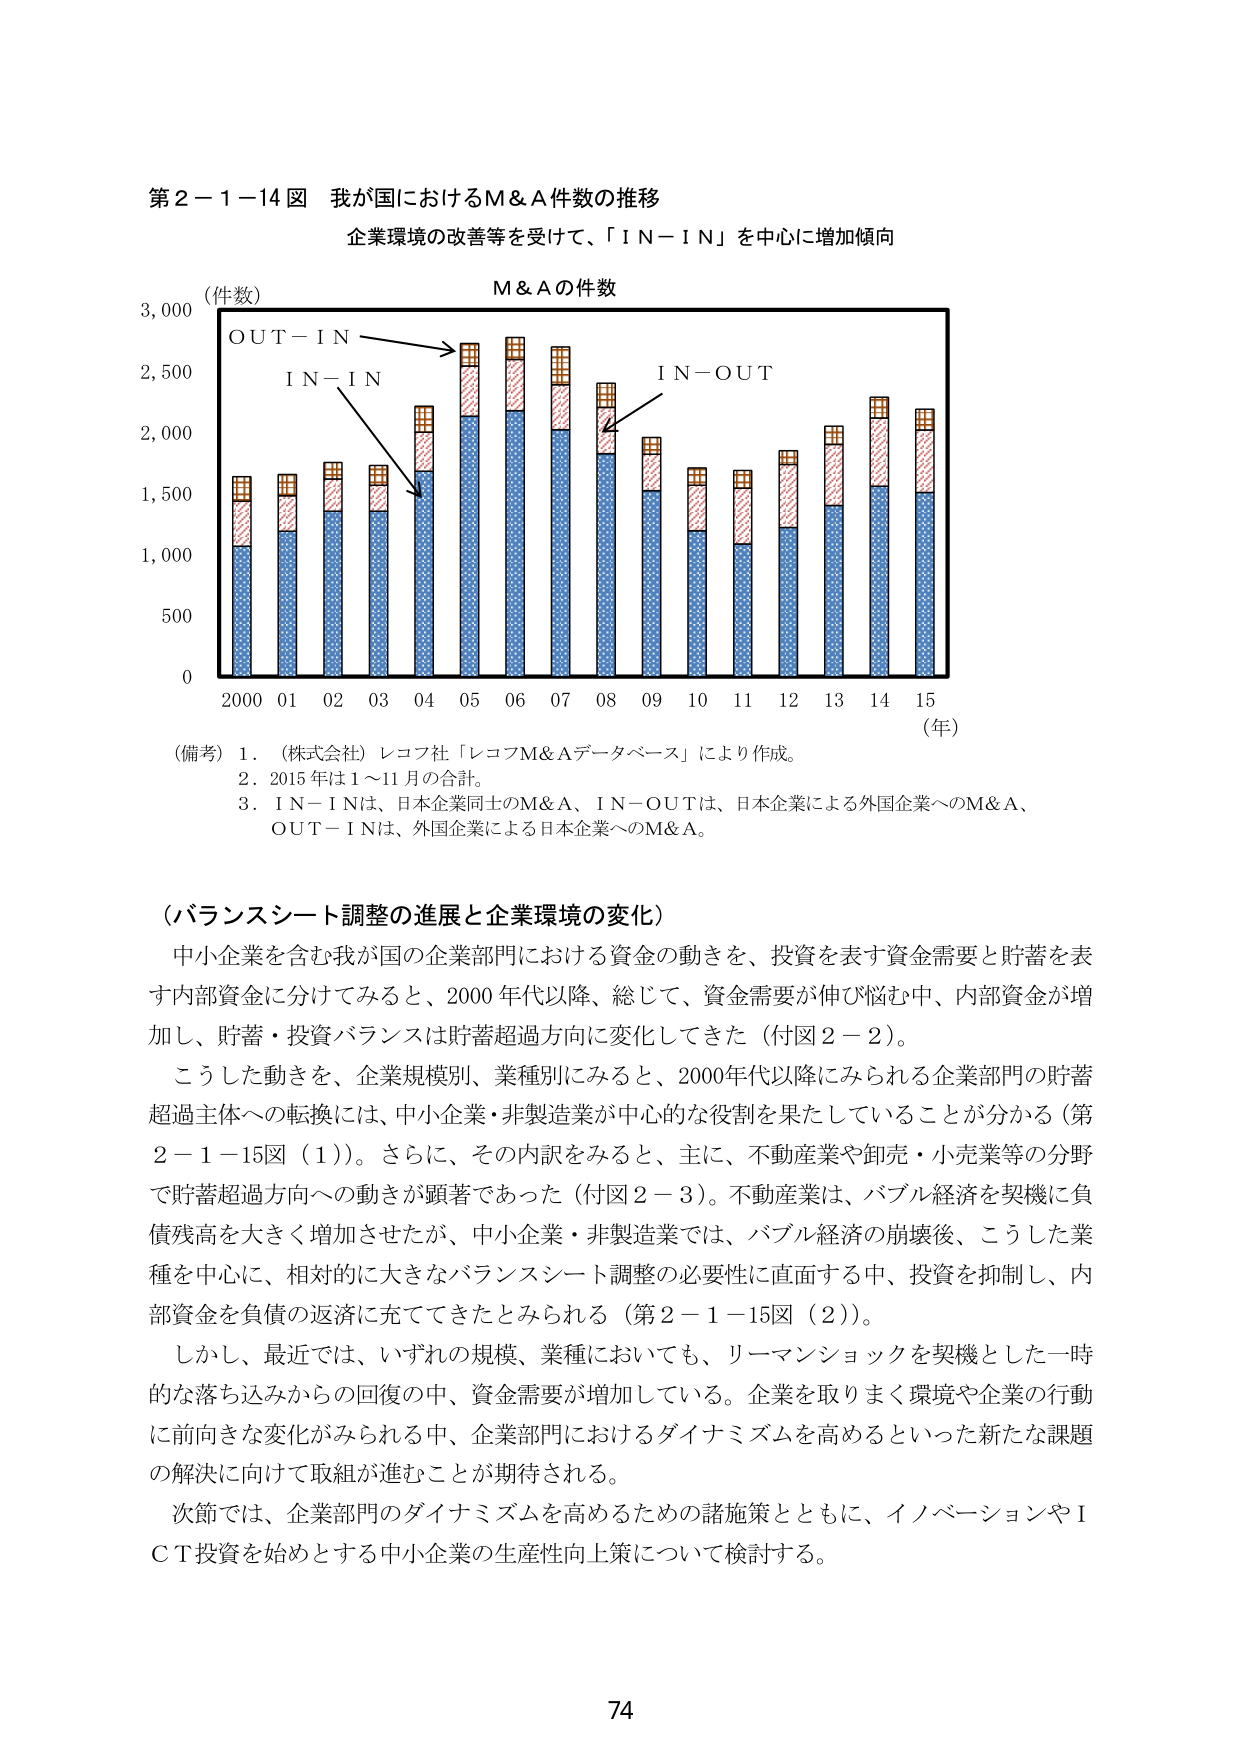
第２－１－１４図 我が国におけるＭ＆Ａ件数の推移
企業環境の改善等を受けて、「ＩＮ－ＩＮ」を中心に増加傾向

（件数）
Ｍ＆Ａの件数
ＯＵＴ－ＩＮ
ＩＮ－ＩＮ
ＩＮ－ＯＵＴ
（年）
2000 01 02 03 04 05 06 07 08 09 10 11 12 13 14 15
0
500
1,000
1,500
2,000
2,500
3,000

（備考）
１．（株式会社）レコフ社「レコフＭ＆Ａデータベース」により作成。
２．2015年は１～11月の合計。
３．ＩＮ－ＩＮは、日本企業同士のＭ＆Ａ、ＩＮ－ＯＵＴは、日本企業による外国企業へのＭ＆Ａ、
ＯＵＴ－ＩＮは、外国企業による日本企業へのＭ＆Ａ。

（バランスシート調整の進展と企業環境の変化）
中小企業を含む我が国の企業部門における資金の動きを、投資を表す資金需要と貯蓄を表す内部資金に分けてみると、2000年代以降、総じて、資金需要が伸び悩む中、内部資金が増加し、貯蓄・投資バランスは貯蓄超過方向に変化してきた（付図２－２）。
こうした動きを、企業規模別、業種別にみると、2000年代以降にみられる企業部門の貯蓄超過主体への転換には、中小企業・非製造業が中心的な役割を果たしていることが分かる（第２－１－15図（１））。さらに、その内訳をみると、主に、不動産業や卸売・小売業等の分野で貯蓄超過方向への動きが顕著であった（付図２－３）。不動産業は、バブル経済を契機に負債残高を大きく増加させたが、中小企業・非製造業では、バブル経済の崩壊後、こうした業種を中心に、相対的に大きなバランスシート調整の必要性に直面する中、投資を抑制し、内部資金を負債の返済に充ててきたとみられる（第２－１－15図（２））。
しかし、最近では、いずれの規模、業種においても、リーマンショックを契機とした一時的な落ち込みからの回復の中、資金需要が増加している。企業を取りまく環境や企業の行動に前向きな変化がみられる中、企業部門におけるダイナミズムを高めるといった新たな課題の解決に向けて取組が進むことが期待される。
次節では、企業部門のダイナミズムを高めるための諸施策とともに、イノベーションやＩＣＴ投資を始めとする中小企業の生産性向上策について検討する。

74